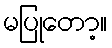
မပြုတော့။